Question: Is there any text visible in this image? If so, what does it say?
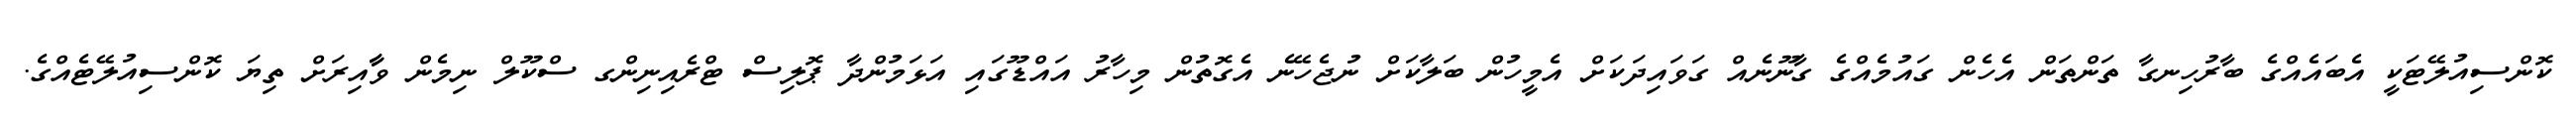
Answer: ކޮންސިއުލޭޓަކީ އެބައެއްގެ ބާރުހިނގާ ތަންތަން އެހެން ގައުމެއްގެ ގާނޫނެއް ގަވައިދަކަށް އެމީހުން ބަލާކަށް ނުޖެހޭނެ އެގޮތުން މިހާރު އައްޑޫގައި އަޅަމުންދާ ޕޮލިސް ޓްރެއިނިންގ ސްކޫލް ނިމެން ވާާއިރަށް ތިޔަ ކޮންސިއުލޭޓެއްގެ.